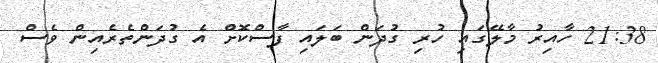
21:38 ހާއިރު މާލޭގައި ހުރި ގުދަން ބަލައި ފާސްކޮށް އެ ގުދަންތެރެއިން ވެސް